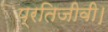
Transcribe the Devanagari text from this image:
प्रतिजीवी।